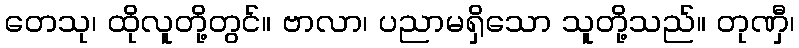
တေသု၊ ထိုလူတို့တွင်။ ဗာလာ၊ ပညာမရှိသော သူတို့သည်။ တုဏှီ၊